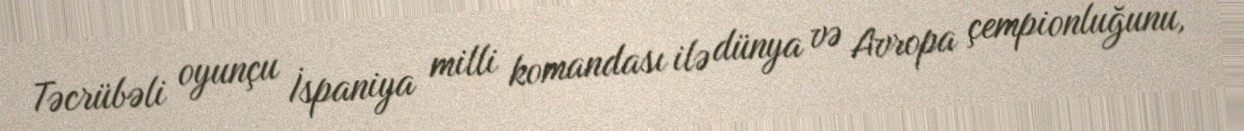
Təcrübəli oyunçu İspaniya milli komandası ilə dünya və Avropa çempionluğunu,